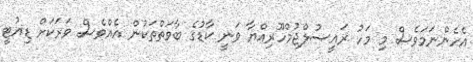
އެހެންނަމަވެސް މި މަހު ރައީސުލްޖުމްހޫރިއްޔާ ވަނީ ކާޑުގެ ބާވަތްތަކުން އެއްވެސް ވަރަކަށް ޑިއުޓީ